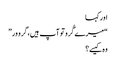
اور کہا
“میرے گُرو تو آپ ہیں، گرو ور”
وہ کیسے؟